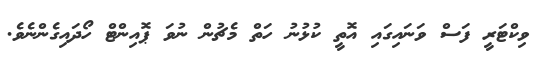
ވިކްޓަރީ ފަސް ވަނައިގައި އޮތީ ކުޅުނު ހަތް މެޗުން ނުވަ ޕޮއިންޓް ހޯދައިގެންނެވެ.